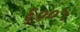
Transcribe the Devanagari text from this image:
६००५